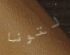
لتونا